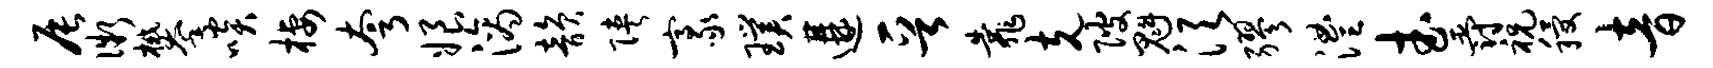
辰微攀啖栖夸娘滴韵陕豪璞遘晋靠克陂魁须缪澧武爵祝稷音